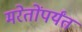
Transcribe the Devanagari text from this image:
मरेतोंपर्यंत